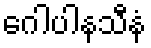
ဂေါပါနသီနံ